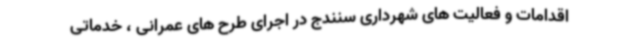
اقدامات و فعالیت های شهرداری سنندج در اجرای طرح های عمرانی ، خدماتی